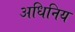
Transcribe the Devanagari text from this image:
अधिनिय